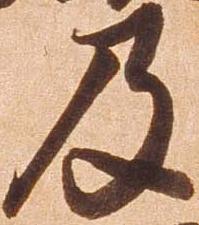
及